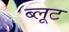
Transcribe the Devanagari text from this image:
ब्लूट